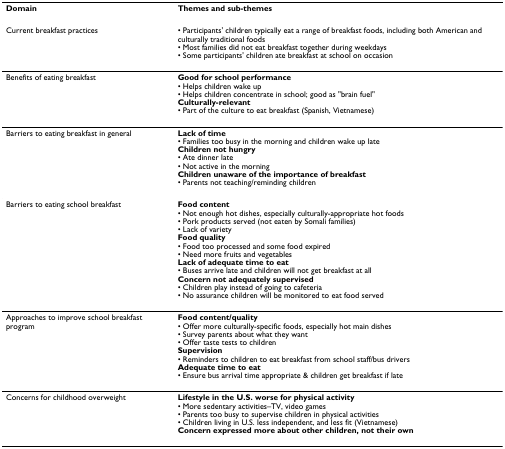
<table><thead><tr><td><b>Domain</b></td><td><b>Themes and sub-themes</b></td></tr></thead><tbody><tr><td>Current breakfast practices</td><td>• Participants&#x27; children typically eat a range of breakfast foods, including both American and culturally traditional foods• Most families did not eat breakfast together during weekdays• Some participants&#x27; children ate breakfast at school on occasion</td></tr><tr><td>Benefits of eating breakfast</td><td><b>Good for school performance</b>• Helps children wake up• Helps children concentrate in school; good as &quot;brain fuel&quot;<b>Culturally-relevant</b>• Part of the culture to eat breakfast (Spanish, Vietnamese)</td></tr><tr><td>Barriers to eating breakfast in general</td><td><b>Lack of time</b>• Families too busy in the morning and children wake up late<b>Children not hungry</b>• Ate dinner late• Not active in the morning<b>Children unaware of the importance of breakfast</b>• Parents not teaching/reminding children</td></tr><tr><td>Barriers to eating school breakfast</td><td><b>Food content</b>• Not enough hot dishes, especially culturally-appropriate hot foods• Pork products served (not eaten by Somali families)• Lack of variety<b>Food quality</b>• Food too processed and some food expired• Need more fruits and vegetables<b>Lack of adequate time to eat</b>• Buses arrive late and children will not get breakfast at all<b>Concern not adequately supervised</b>• Children play instead of going to cafeteria• No assurance children will be monitored to eat food served</td></tr><tr><td>Approaches to improve school breakfast program</td><td><b>Food content/quality</b>• Offer more culturally-specific foods, especially hot main dishes• Survey parents about what they want• Offer taste tests to children<b>Supervision</b>• Reminders to children to eat breakfast from school staff/bus drivers<b>Adequate time to eat</b>• Ensure bus arrival time appropriate &amp; children get breakfast if late</td></tr><tr><td>Concerns for childhood overweight</td><td><b>Lifestyle in the U.S. worse for physical activity</b>• More sedentary activities–TV, video games• Parents too busy to supervise children in physical activities• Children living in U.S. less independent, and less fit (Vietnamese)<b>Concern expressed more about other children, not their own</b></td></tr></tbody></table>